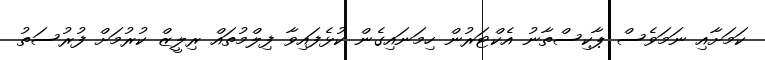
ކަމަށާއި ނަމަވެސް ޕާކިސްތާނު އެކްޓަރުން ހިމަނައިގެން ކުޅެފައިވާ ފިލްމުތައް ރިލީޒް ކުރުމަށް ފުރުސަތު